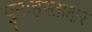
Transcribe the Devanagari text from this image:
पुनःहस्ताक्षर